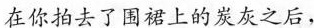
在你拍去了围裙上的炭灰之后，